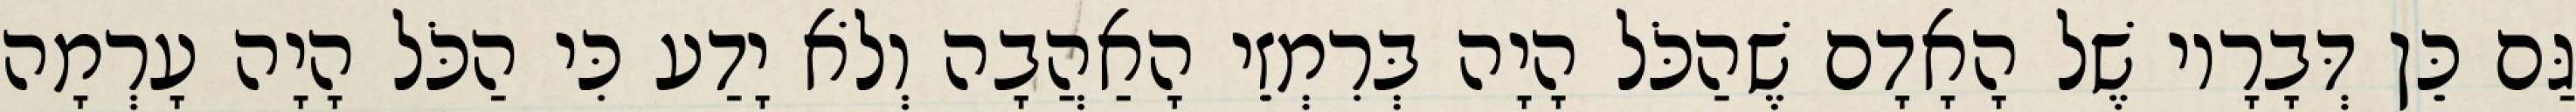
גַּם כֵּן דְּבָרָיו שֶׁל הָאָדָם שֶׁהַכֹּל הָיָה בְּרִמְזֵי הָאַהֲבָה וְלֹא יָדַע כִּי הַכֹּל הָיָה עָרְמָה